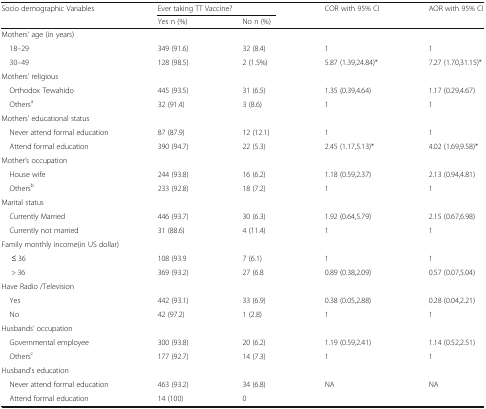
<table><thead><tr><td rowspan="2"><b>Socio demographic Variables</b></td><td colspan="2"><b>Ever taking TT Vaccine?</b></td><td rowspan="2"><b>COR with 95% CI</b></td><td rowspan="2"><b>AOR with 95% CI</b></td></tr><tr><td><b>Yes n (%)</b></td><td><b>No n (%)</b></td></tr></thead><tbody><tr><td colspan="5">Mothers’ age (in years)</td></tr><tr><td> 18–29</td><td>349 (91.6)</td><td>32 (8.4)</td><td>1</td><td>1</td></tr><tr><td> 30–49</td><td>128 (98.5)</td><td>2 (1.5%)</td><td>5.87 (1.39,24.84)*</td><td>7.27 (1.70,31.15)*</td></tr><tr><td colspan="5">Mothers’ religious</td></tr><tr><td> Orthodox Tewahido</td><td>445 (93.5)</td><td>31 (6.5)</td><td>1.35 (0.39,4.64)</td><td>1.17 (0.29,4.67)</td></tr><tr><td> Others<sup>a</sup></td><td>32 (91.4)</td><td>3 (8.6)</td><td>1</td><td>1</td></tr><tr><td colspan="5">Mothers’ educational status</td></tr><tr><td> Never attend formal education</td><td>87 (87.9)</td><td>12 (12.1)</td><td>1</td><td>1</td></tr><tr><td> Attend formal education</td><td>390 (94.7)</td><td>22 (5.3)</td><td>2.45 (1.17,5.13)*</td><td>4.02 (1.69,9.58)*</td></tr><tr><td colspan="5">Mother’s occupation</td></tr><tr><td> House wife</td><td>244 (93.8)</td><td>16 (6.2)</td><td>1.18 (0.59,2.37)</td><td>2.13 (0.94,4.81)</td></tr><tr><td> Others<sup>b</sup></td><td>233 (92.8)</td><td>18 (7.2)</td><td>1</td><td>1</td></tr><tr><td colspan="5">Marital status</td></tr><tr><td> Currently Married</td><td>446 (93.7)</td><td>30 (6.3)</td><td>1.92 (0.64,5.79)</td><td>2.15 (0.67,6.98)</td></tr><tr><td> Currently not married</td><td>31 (88.6)</td><td>4 (11.4)</td><td>1</td><td>1</td></tr><tr><td colspan="5">Family monthly income(in US dollar)</td></tr><tr><td>≤ 36</td><td>108 (93.9</td><td>7 (6.1)</td><td>1</td><td>1</td></tr><tr><td>&gt; 36</td><td>369 (93.2)</td><td>27 (6.8</td><td>0.89 (0.38,2.09)</td><td>0.57 (0.07,5.04)</td></tr><tr><td colspan="5">Have Radio /Television</td></tr><tr><td> Yes</td><td>442 (93.1)</td><td>33 (6.9)</td><td>0.38 (0.05,2.88)</td><td>0.28 (0.04,2.21)</td></tr><tr><td> No</td><td>42 (97.2)</td><td>1 (2.8)</td><td>1</td><td>1</td></tr><tr><td colspan="5">Husbands’ occupation</td></tr><tr><td> Governmental employee</td><td>300 (93.8)</td><td>20 (6.2)</td><td>1.19 (0.59,2.41)</td><td>1.14 (0.52,2.51)</td></tr><tr><td> Others<sup>c</sup></td><td>177 (92.7)</td><td>14 (7.3)</td><td>1</td><td>1</td></tr><tr><td colspan="5">Husband’s education</td></tr><tr><td> Never attend formal education</td><td>463 (93.2)</td><td>34 (6.8)</td><td>NA</td><td>NA</td></tr><tr><td> Attend formal education</td><td>14 (100)</td><td>0</td><td></td><td></td></tr></tbody></table>